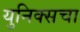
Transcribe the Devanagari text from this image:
युनिक्सचा